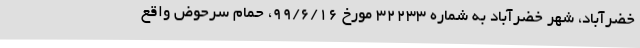
خضرآباد، شهر خضرآباد به شماره ۳۲۲۳۳ مورخ ۹۹/۶/۱۶، حمام سرحوض واقع